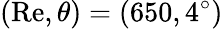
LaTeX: (\mathrm{Re},\theta)=(650,4^{\circ})